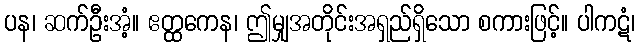
ပန၊ ဆက်ဦးအံ့။ ဧတ္ထကေန၊ ဤမျှအတိုင်းအရှည်ရှိသော စကားဖြင့်။ ပါကဋံ၊